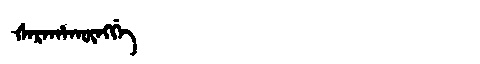
Manchu: ᡧᠠᡵᠠᡥᠠᡴᡡᠩᡤᡝ
Romanization: ŠARAHAKŪNGGE